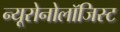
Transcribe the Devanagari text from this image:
न्यूरोनोलॉजिस्ट